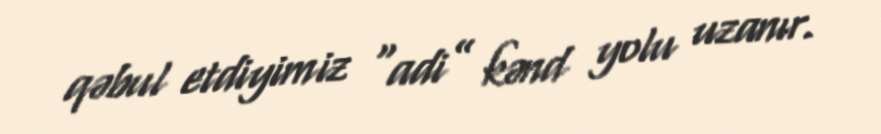
qəbul etdiyimiz “adi” kənd yolu uzanır.